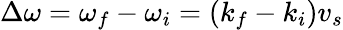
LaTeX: \Delta\omega=\omega_{f}-\omega_{i}=(k_{f}-k_{i})v_{s}